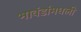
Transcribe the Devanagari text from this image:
भावंडांमधली